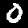
Digit: 0